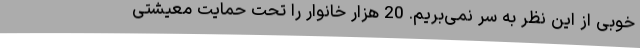
خوبی از این نظر به سر نمی‌بریم. 20 هزار خانوار را تحت حمایت معیشتی